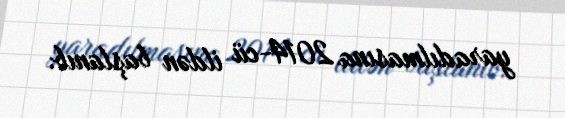
yaradılmasına 2014-cü ildən başlanıb.